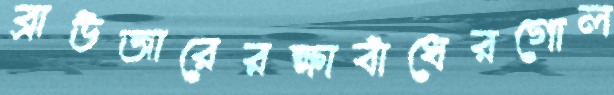
ব্রাউজারেরক্ষাবাঁধেরগোল